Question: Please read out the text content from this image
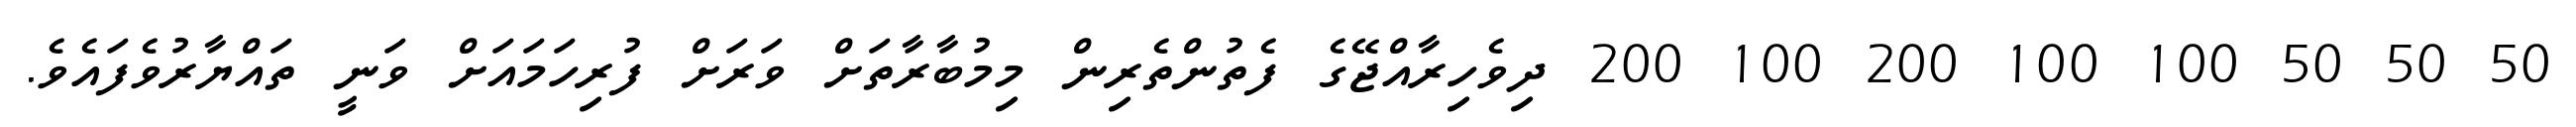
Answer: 50 50 50 100 100 200 100 200 ދިވެހިރާއްޖޭގެ ފެތުންތެރިން މިމުބާރާތަށް ވަރަށް ފުރިހަމައަށް ވަނީ ތައްޔާރުވެފައެވެ.